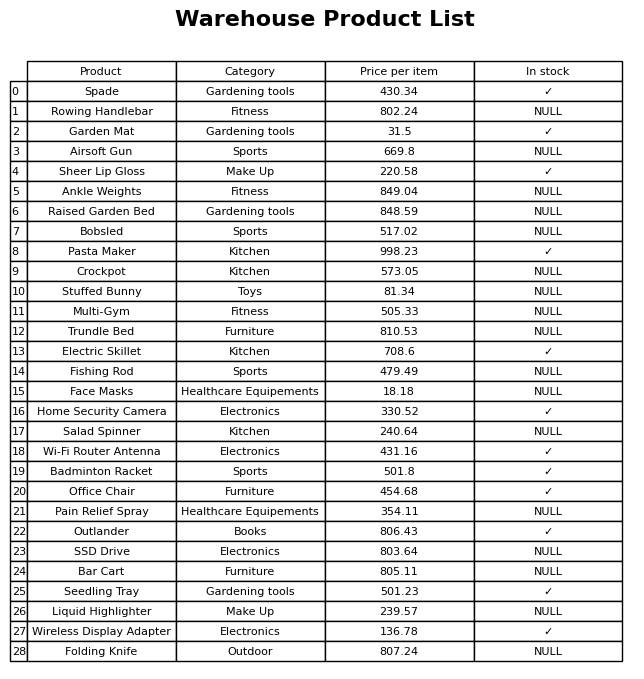
question: Which products are currently out of stock?
answer: Rowing Handlebar, Airsoft Gun, Ankle Weights, Raised Garden Bed, Bobsled, Crockpot, Stuffed Bunny, Multi-Gym, Trundle Bed, Fishing Rod, Face Masks, Salad Spinner, Pain Relief Spray, SSD Drive, Bar Cart, Liquid Highlighter, Folding Knife